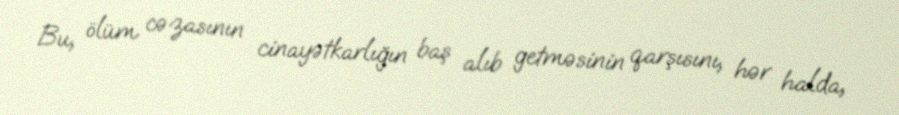
Bu, ölüm cəzasının cinayətkarlığın baş alıb getməsinin qarşısını, hər halda,